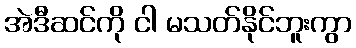
အဲဒီဆင်ကို ငါ မသတ်နိုင်ဘူးကွာ